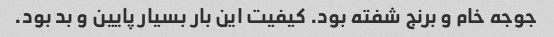
جوجه خام و برنج شفته بود. کیفیت این بار بسیار پایین و بد بود.